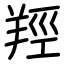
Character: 羥